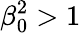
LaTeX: \beta_{0}^{2}>1